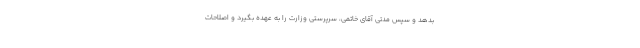
بدهد و سپس مدتى آقاى خاتمى، سرپرستى وزارت را به عهده بگیرد و اصلاحات